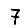
Digit: 7